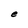
Character: e